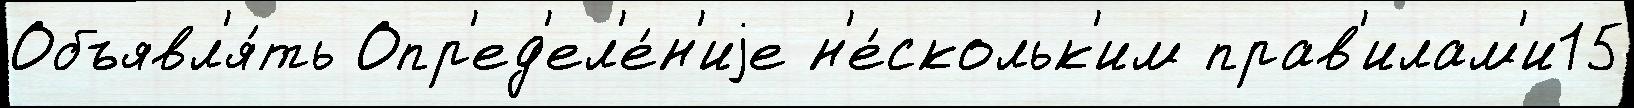
Объявл'я́ть Опр'ед'ел'е́н'иjе н'е́скольк'им прав'илам'и15